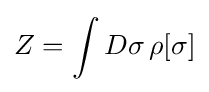
Z=\int D\sigma \,\rho [\sigma ]